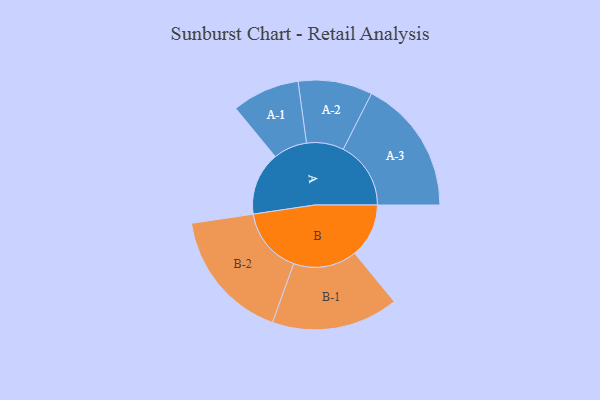
{"axis": {"x": "Segment", "y": "Value"}, "legend": ["", "A", "B"], "data": [{"x": "A", "y": 245, "type": ""}, {"x": "B", "y": 210, "type": ""}, {"x": "A-1", "y": 131, "type": "A"}, {"x": "A-2", "y": 144, "type": "A"}, {"x": "A-3", "y": 262, "type": "A"}, {"x": "B-1", "y": 246, "type": "B"}, {"x": "B-2", "y": 256, "type": "B"}]}